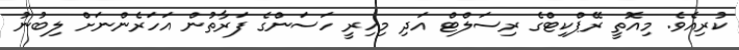
ކުރިއެވެ. މިއޮތީ ރޭޕްކިޓްގެ ރިސަލްޓް އަދި މިހިރީ ހަސަންގެ ފަރާތުން އަހަރެންނަށް ލިބުނު